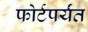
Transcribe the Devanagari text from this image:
फोर्टपर्यंत